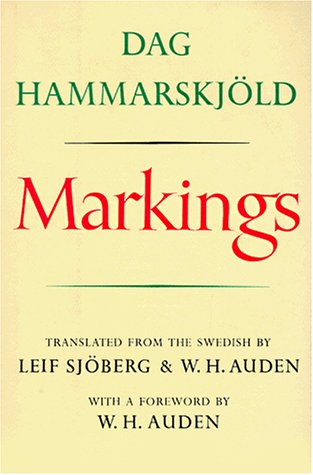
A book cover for Markings; Dag HammarskjÃ¶ld; Politics & Social Sciences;